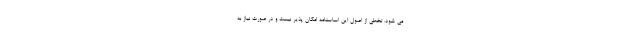
می شود. تخطی از اصول این اساسنامه امکان پذیر نیست و در صورت نیاز به